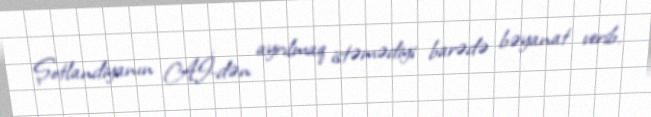
Şotlandiyanın Aİ-dən ayrılmaq istəmədiyi barədə bəyanat verib.